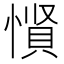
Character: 𪬡